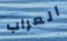
العراب